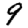
Digit: 9